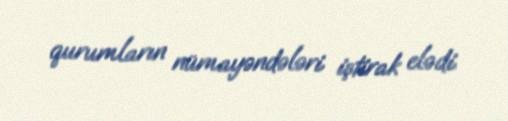
qurumların nümayəndələri iştirak elədi.